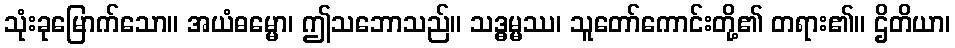
သုံးခုမြောက်သော။ အယံဓမ္မော၊ ဤသဘောသည်။ သဒ္ဓမ္မဿ၊ သူတော်ကောင်းတို့၏ တရား၏။ ဌိတိယာ၊